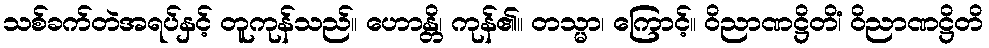
သစ်ခက်တဲအရပ်နှင့် တူကုန်သည်။ ဟောန္တိ၊ ကုန်၏။ တသ္မာ၊ ကြောင့်။ ဝိညာဏဋ္ဌိတိံ၊ ဝိညာဏဋ္ဌိတိ